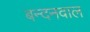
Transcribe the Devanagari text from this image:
बन्दनवाल